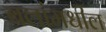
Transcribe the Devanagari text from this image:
बलांमधील